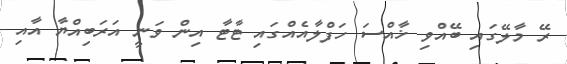
ރޭ މާލޭގައި ބޭއްވި ޚާއްސަ ހަފްލާއެއްގައި ޓާޓާ އިން ވަނީ އަރަބިއްޔާ އާއި